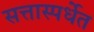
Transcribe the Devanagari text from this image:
सत्तास्पर्धेत